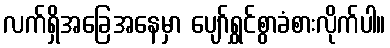
လက်ရှိအခြေအနေမှာ ပျော်ရွှင်စွာခံစားလိုက်ပါ။